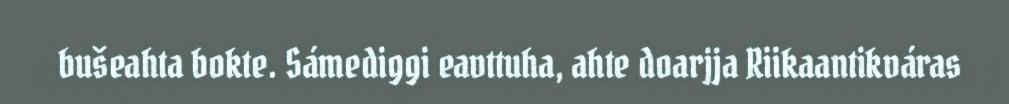
bušeahta bokte. Sámediggi eavttuha, ahte doarjja Riikaantikváras